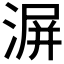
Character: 𣸹